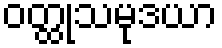
ဝတ္ထုသမုဒယာ